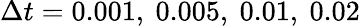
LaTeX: \Delta t=0.001,\ 0.005,\ 0.01,\ 0.02